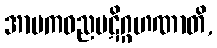
အာမကဓညပဋိဂ္ဂဟဏာတိ,